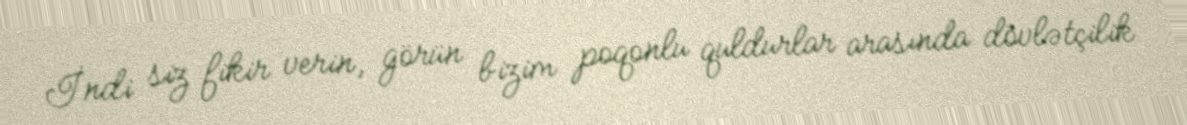
İndi siz fikir verin, görün bizim poqonlu quldurlar arasında dövlətçilik